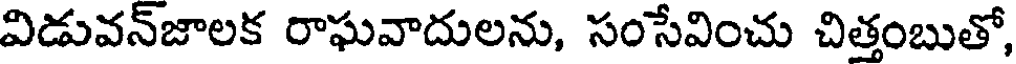
విడువన్జాలక రాఘవాదులను, సంసేవించు చిత్తంబుతో,